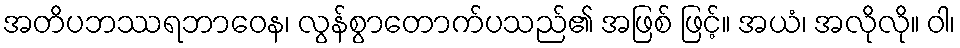
အတိပဘဿရဘာဝေန၊ လွန်စွာတောက်ပသည်၏ အဖြစ် ဖြင့်။ အယံ၊ အလိုလို။ ဝါ၊